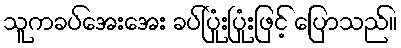
သူကခပ်အေးအေး ခပ်ပြုံးပြုံးဖြင့် ပြောသည်။